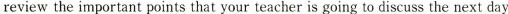
review the important points that your teacher is going to discuss the next day